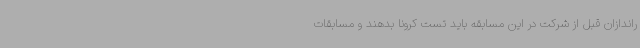
راندازان قبل از شرکت در این مسابقه باید تست کرونا بدهند و مسابقات